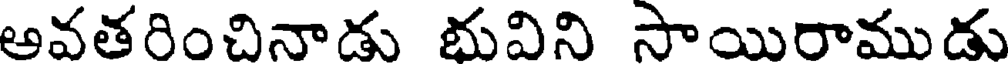
అవతరించినాడు భువిని సాయిరాముడు